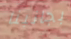
بجانبنا